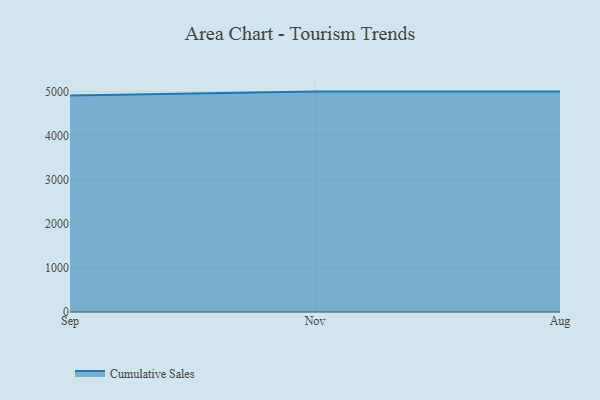
{"axis": {"x": "Month", "y": "Budget (USD K)"}, "legend": ["Cumulative Sales"], "data": [{"x": "Sep", "y": 4911.7, "type": "Cumulative Sales"}, {"x": "Nov", "y": 5000, "type": "Cumulative Sales"}, {"x": "Aug", "y": 5000, "type": "Cumulative Sales"}]}